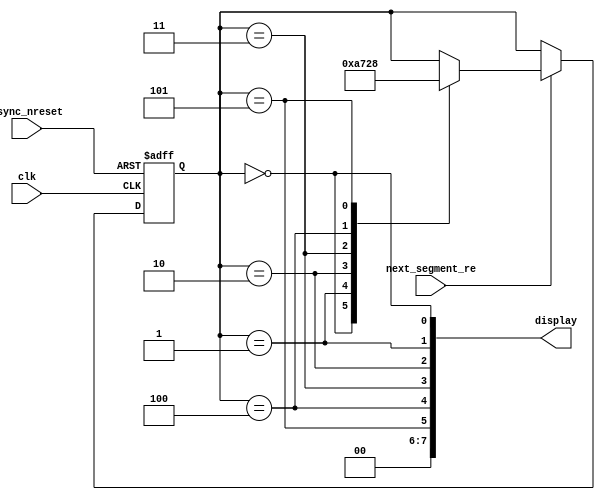
module segment_driver_1
	(
		input clk,
		input async_nreset,
		
		input next_segment_re,
		
		output reg [7:0] display
	);
	
	localparam STATE_A = 3'd0;
	localparam STATE_B = 3'd1;
	localparam STATE_C = 3'd2;
	localparam STATE_D = 3'd3;
	localparam STATE_E = 3'd4;
	localparam STATE_F = 3'd5;
	
	reg [2:0] state_reg, state_next;
	
	always @(*)
	begin
		state_next <= state_reg;
		
		if (next_segment_re)
		begin
			case (state_reg)
				STATE_A:
					state_next <= STATE_B;
				STATE_B:
					state_next <= STATE_C;
				STATE_C:
					state_next <= STATE_D;
				STATE_D:
					state_next <= STATE_E;
				STATE_E:
					state_next <= STATE_F;
				STATE_F:
					state_next <= STATE_A;
			endcase
		end
	end
	
	always @(posedge clk, negedge async_nreset)
	begin
		if (async_nreset == 1'b0)
			state_reg <= STATE_A;
		else
			state_reg <= state_next;
	end
	
	always @(*)
	begin
		display <= {2'b0, 
					state_reg == STATE_F,
					state_reg == STATE_E,
					state_reg == STATE_D,
					state_reg == STATE_C,
					state_reg == STATE_B,
					state_reg == STATE_A};
	end
endmodule